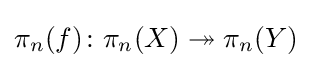
\pi _{n}(f)\colon \pi _{n}(X)\twoheadrightarrow \pi _{n}(Y)